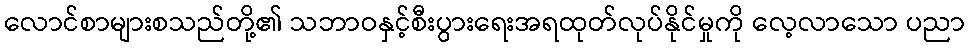
လောင်စာများစသည်တို့၏ သဘာဝနှင့်စီးပွားရေးအရထုတ်လုပ်နိုင်မှုကို လေ့လာသော ပညာ